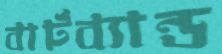
বার্টব্যান্ড